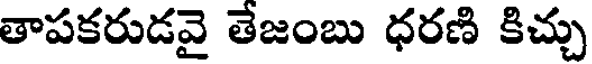
తాపకరుడవై తేజంబు ధరణి కిచ్చు